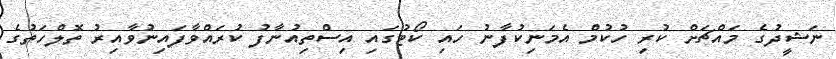
ނަޝީދުގެ މައްޗަށް ކުރި ހުކުމް އެމަނިިކުފާނު ހައި ކޯޓުގައި އިސްތިއުނާފު ކުރައްވާފައިނުވާއިރު ތޮލްހަތުގެ